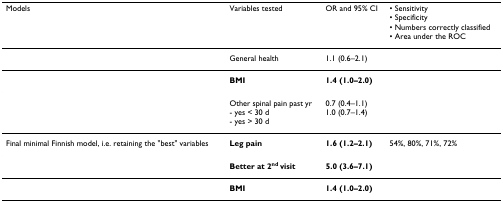
<table><thead><tr><td><b>Models</b></td><td><b>Variables tested</b></td><td><b>OR and 95% CI</b></td><td><b>• Sensitivity• Specificity• Numbers correctly classified• Area under the ROC</b></td></tr></thead><tbody><tr><td></td><td>General health</td><td>1.1 (0.6–2.1)</td><td></td></tr><tr><td></td><td><b>BMI</b></td><td><b>1.4 (1.0–2.0)</b></td><td></td></tr><tr><td></td><td>Other spinal pain past yr- yes &lt; 30 d- yes &gt; 30 d</td><td>0.7 (0.4–1.1)1.0 (0.7–1.4)</td><td></td></tr><tr><td>Final minimal Finnish model, i.e. retaining the &quot;best&quot; variables</td><td><b>Leg pain</b></td><td><b>1.6 (1.2–2.1)</b></td><td>54%, 80%, 71%, 72%</td></tr><tr><td></td><td><b>Better at 2<sup>nd </sup>visit</b></td><td><b>5.0 (3.6–7.1)</b></td><td></td></tr><tr><td></td><td><b>BMI</b></td><td><b>1.4 (1.0–2.0)</b></td><td></td></tr></tbody></table>